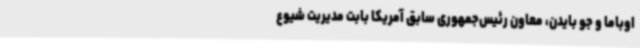
اوباما و جو بایدن، معاون رئیس‌جمهوری سابق آمریکا بابت مدیریت شیوع